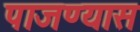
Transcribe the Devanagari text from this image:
पाजण्यास